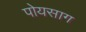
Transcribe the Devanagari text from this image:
पोयसाग